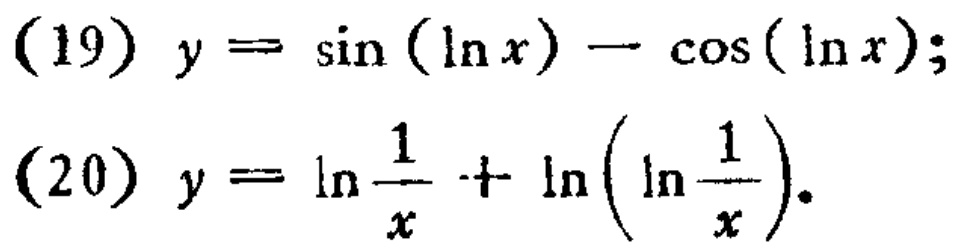
(19) \(y = \sin(\ln x)-\cos(\ln x);\)
(20) \(y = \ln\frac{1}{x}+\ln(\ln\frac{1}{x}).\)